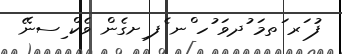
ފު ަރ ަތމަ ުދވަ ުހ ްނ ެފ ިށގެން ވެކް ިސނޭ